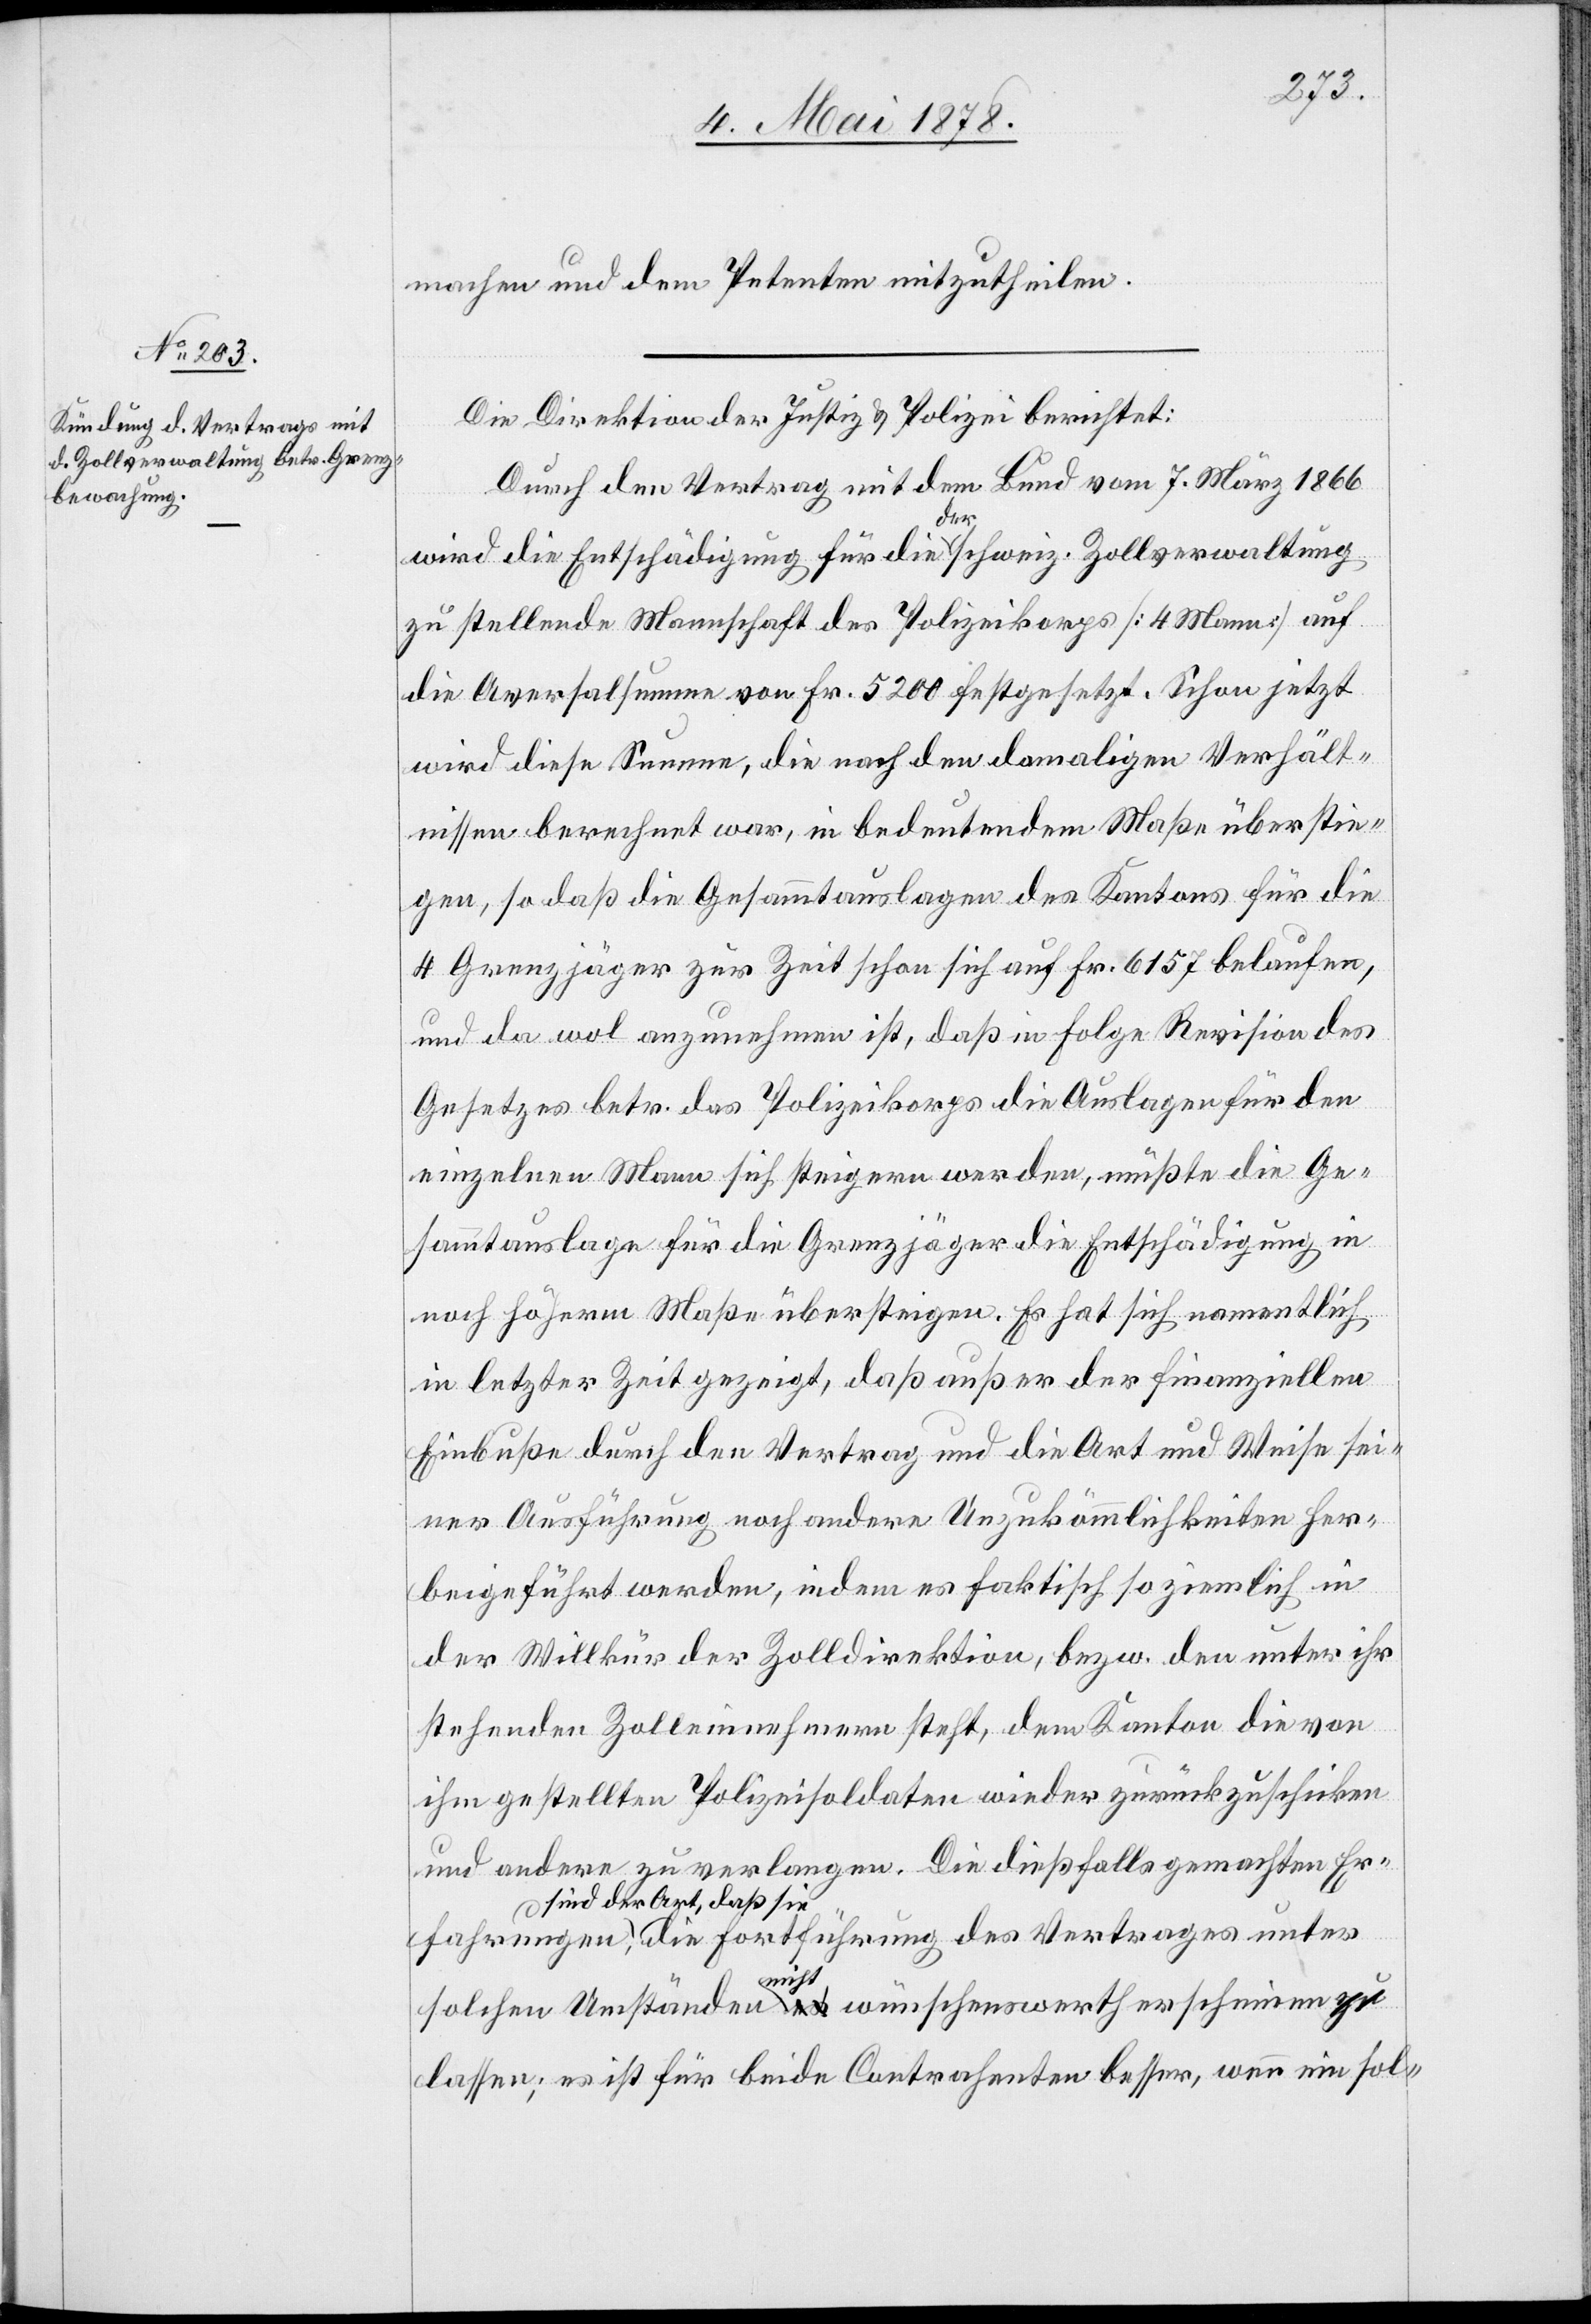
fahrungen
machen und dem Petenten mitzutheilen.
Die Direktion der Justiz & Polizei berichtet:
Durch den Vertrag mit dem Bund vom 7. März 1866
des
wird die Entschädigung für die der schweiz. Zollverwaltung
zu stellende Mannschaft des Polizeikoprs [4 Mann] auf
die Aversalsumme von Fr. 5200 festgesetzt. Schon jetzt
wird diese Summe, die nach den damaligen Verhält¬
nissen berechnet war, in bedeutendem Maße überstie¬
gen, so daß die Gesammtauslagen des Kantons für die
4 Grenzjäger zur Zeit schon sich auf Fr. 6157 belaufen,
und da wol anzunehmen ist, daß in Folge Revision des
Gesetzes betr. das Polizeikorps die Auslagen für den
einzelnen Mann sich steigen werden, müßte die Ge¬
sammtauslage für die Grenzjäger die Entschädigung in
noch höherm Maße übersteigen. Es hat sich namentlich
in letzter Zeit gezeigt, daß außer der finanziellen
Einbuße durch den Vertrag und die Art und Weise sei¬
ner Ausführung noch andere Unzukömmlichkeiten her¬
beigeführt werden, indem es faktisch so ziemlich in
der Willkür der Zolldirektion, bezw. den unter ihr
stehenden Zolleinnahmen steht, dem Kanton die von
ihm gestellten Polizeisoldaten wieder zurückzuschicken
und andere zu verlangen. Die dießfalls gemachten Er¬
a-sind der Art, daß sie-a
solchen Umständen a-nicht-a wünschenswerth erscheinen
lassen; es ist für beide Contrahenten besser, wenn ein sol-